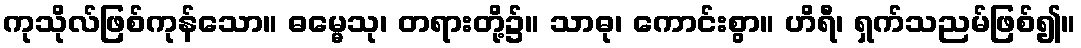
ကုသိုလ်ဖြစ်ကုန်သော။ ဓမ္မေသု၊ တရားတို့၌။ သာဓု၊ ကောင်းစွာ။ ဟိရီ၊ ရှက်သညမ်ဖြစ်၍။